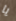
يا